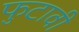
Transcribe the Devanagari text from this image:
फुटावी